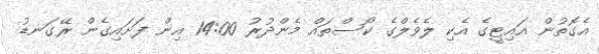
އެގޮތުން އައިޓީގެ އެކި ލެވެލްގެ ކޯސްތައް މެންދުރު 14:00 އިން ފަށައިގެން ރޭގަނޑު